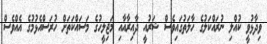
ވިދާޅުވީ ކުއްލި ނުރައްކަލުގެ ހާލަތުގައިވެސް ޝަރުއީ ދާއިރާއާއި މަޖިލީހުގެ މަސައްކަތަށް ހުރަސްއެޅުމުގެ އެއްވެސް